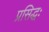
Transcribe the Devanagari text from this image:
प्रसिद्धः